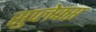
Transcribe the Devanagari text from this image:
सुप्लेक्स